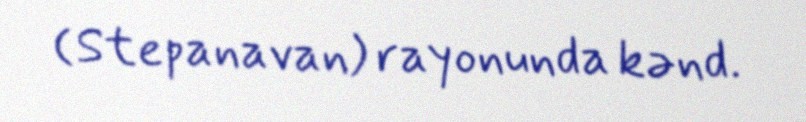
(Stepanavan) rayonunda kənd.